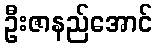
ဦးဇာနည်အောင်